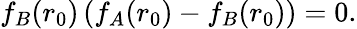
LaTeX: f_{B}(r_{0})\left(f_{A}(r_{0})-f_{B}(r_{0})\right)=0.